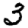
Digit: 3